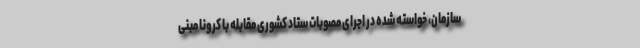
سازمان، خواسته شده در اجرای مصوبات ستاد کشوری مقابله با کرونا مبنی